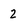
Character: 2